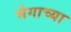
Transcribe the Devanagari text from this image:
भेगाच्या